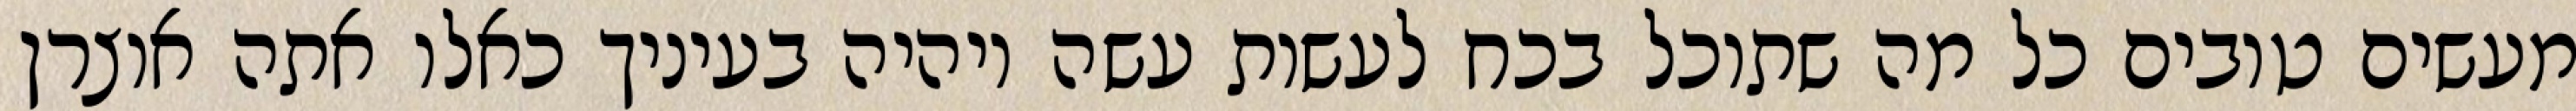
מעשים טובים כל מה שתוכל בכח לעשות עשה ויהיה בעיניך כאלו אתה אוצרן